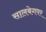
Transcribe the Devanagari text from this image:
सालबेगवर